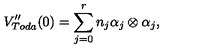
V _ { T o d a } ^ { \prime \prime } ( 0 ) = \sum _ { j = 0 } ^ { r } n _ { j } \alpha _ { j } \otimes \alpha _ { j } ,